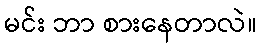
မင်း ဘာ စားနေတာလဲ။